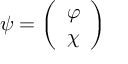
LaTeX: \psi = \left( \begin{array} { l c r } { { \varphi } } \\ { { \chi } } \end{array} \right)